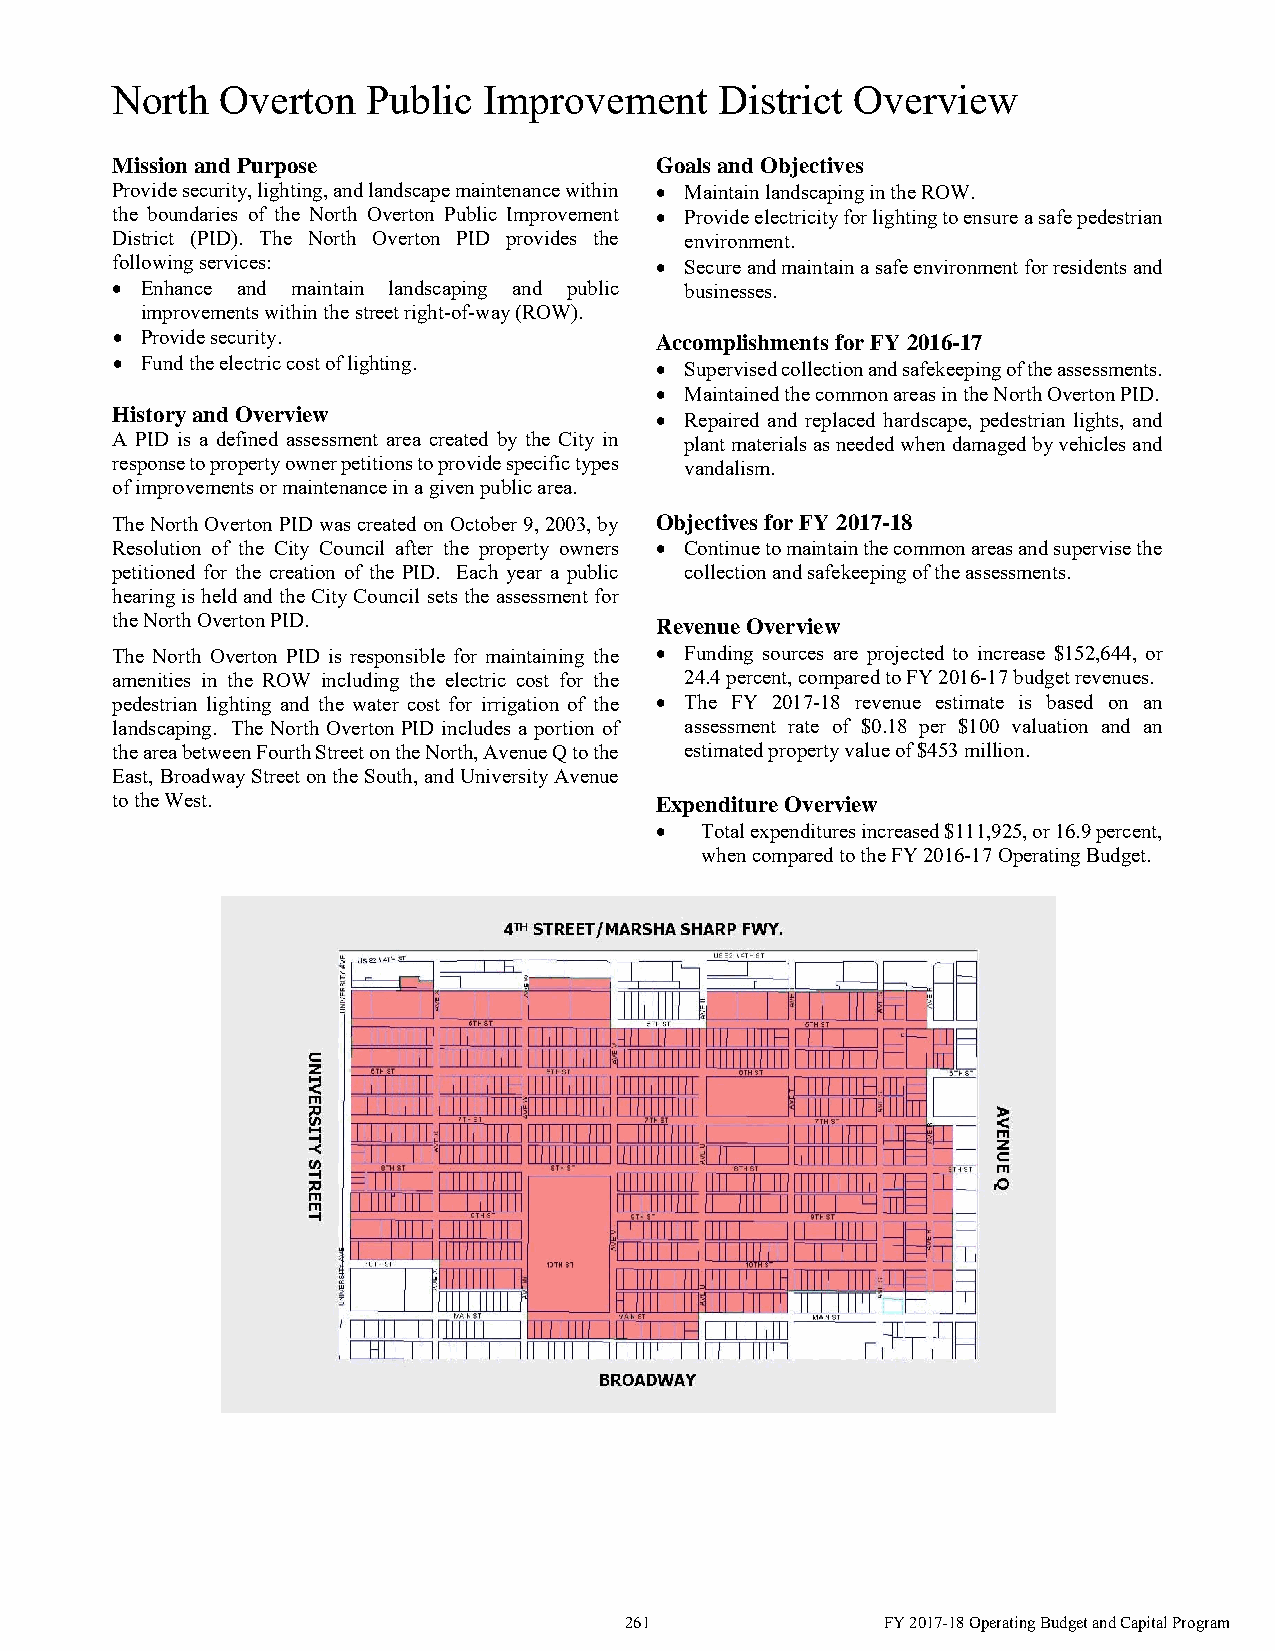
North   Overton  Public  Improvement     District Overview
 Mission and Purpose                 Goals and Objectives
 Provide security, lighting, and landscape maintenance within  Maintain landscaping in the ROW.
 the boundaries of the North Overton Public Improvement  Provide electricity for lighting to ensure a safe pedestrian
 District (PID). The North Overton PID provides the environment.
 following services:                  Secure and maintain a safe environment for residents and
  Enhance and maintain landscaping and public businesses.
 improvements within the street right-of-way (ROW).
  Provide security.                 Accomplishments for FY 2016-17
  Fund the electric cost of lighting.  Supervised collection and safekeeping of the assessments.
  Maintained the common areas in the North Overton PID.
 History and Overview
  Repaired and replaced hardscape, pedestrian lights, and
 A PID is a defined assessment area created by the City in plant materials as needed when damaged by vehicles and
 response to property owner petitions to provide specific types vandalism.
 of improvements or maintenance in a given public area.
 The North Overton PID was created on October 9, 2003, by Objectives for FY 2017-18
 Resolution of the City Council after the property owners  Continue to maintain the common areas and supervise the
 petitioned for the creation of the PID. Each year a public collection and safekeeping of the assessments.
 hearing is held and the City Council sets the assessment for
 the North Overton PID.              Revenue Overview
 The North Overton PID is responsible for maintaining the  Funding sources are projected to increase $152,644, or
 amenities in the ROW including the electric cost for the 24.4 percent, compared to FY 2016-17 budget revenues.
 pedestrian lighting and the water cost for irrigation of the  The FY 2017-18 revenue estimate is based on an
 landscaping. The North Overton PID includes a portion of assessment rate of $0.18 per $100 valuation and an
 the area between Fourth Street on the North, Avenue Q to the estimated property value of $453 million.
 East, Broadway Street on the South, and University Avenue
 to the West.                        Expenditure Overview
   Total expenditures increased $111,925, or 16.9 percent,
 when compared to the FY 2016-17 Operating Budget.
 261               FY 2017-18 Operating Budget and Capital Program